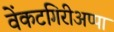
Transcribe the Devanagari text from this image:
वेंकटगिरीअप्पा